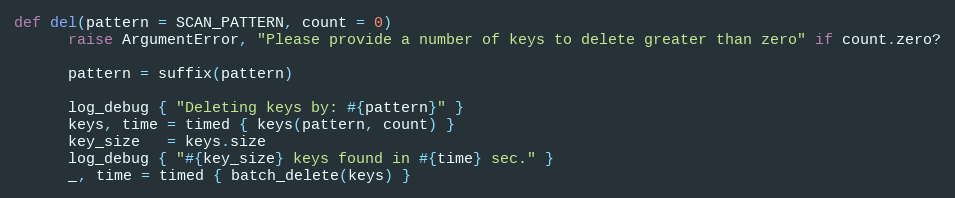
Language: Ruby
def del(pattern = SCAN_PATTERN, count = 0)
      raise ArgumentError, "Please provide a number of keys to delete greater than zero" if count.zero?

      pattern = suffix(pattern)

      log_debug { "Deleting keys by: #{pattern}" }
      keys, time = timed { keys(pattern, count) }
      key_size   = keys.size
      log_debug { "#{key_size} keys found in #{time} sec." }
      _, time = timed { batch_delete(keys) }